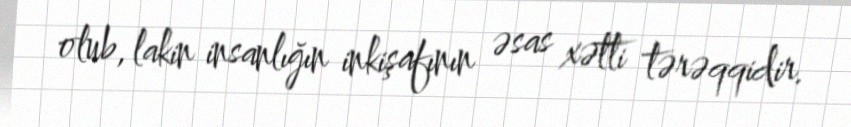
olub, lakin insanlığın inkişafının əsas xətti tərəqqidir.